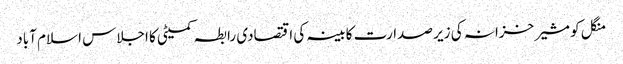
منگل کو مشیر خزانہ کی زیر صدارت کابینہ کی اقتصادی رابطہ کمیٹی کا اجلاس اسلام آباد